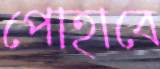
পোহাবে